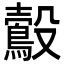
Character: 𪃟